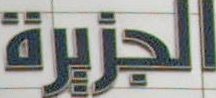
الجزيرة